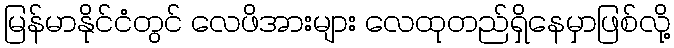
မြန်မာနိုင်ငံတွင် လေဖိအားများ လေထုတည်ရှိနေမှာဖြစ်လို့